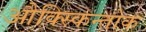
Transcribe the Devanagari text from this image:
औक्स्किन्तोक